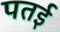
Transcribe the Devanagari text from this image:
पतई